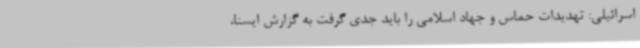
اسرائیلی: تهدیدات حماس و جهاد اسلامی را باید جدی گرفت به گزارش ایسنا،